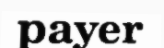
payer